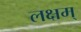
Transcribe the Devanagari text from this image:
लक्षम्